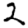
Digit: 2